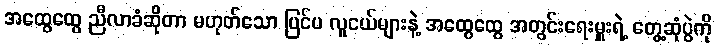
အထွေထွေ ညီလာခံဆိုတာ မဟုတ်သော ပြင်ပ လူငယ်များနဲ့ အထွေထွေ အတွင်းရေးမှူးရဲ့ တွေ့ဆုံပွဲကို